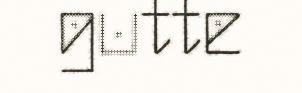
gutte